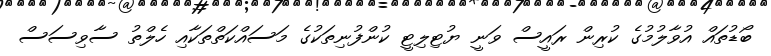
ބޯޑުތައް އުވާލުމުގެ ކުރިން ރައީސް ވަނީ ޔުޓިލިޓީ ކުންފުނިތަކުގެ މަސައްކަތްތަކާއި ހެލްތު ސާވިސަސް